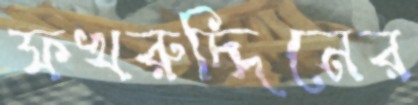
ফখরুদ্দিনের